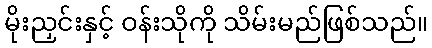
မိုးညှင်းနှင့် ဝန်းသိုကို သိမ်းမည်ဖြစ်သည်။